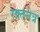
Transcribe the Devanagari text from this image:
रक्तनेत्र